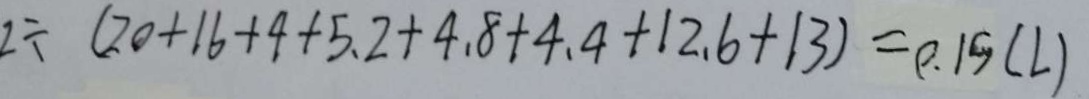
2 \div ( 2 0 + 1 6 + 4 + 5 . 2 + 4 . 8 + 4 . 4 + 1 2 . 6 + 1 3 ) = 0 . 1 9 ( L )